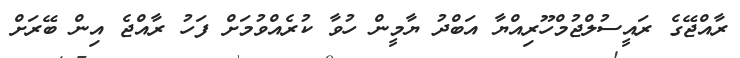
ރާއްޖޭގެ ރައީސުލްޖުމްހޫރިއްޔާ އަބްދު ޔާމީން ހުވާ ކުރެއްވުމަށް ފަހު ރާއްޖެ އިން ބޭރަށް